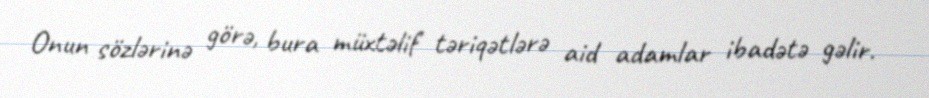
Onun sözlərinə görə, bura müxtəlif təriqətlərə aid adamlar ibadətə gəlir.